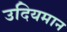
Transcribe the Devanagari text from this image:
उदियमान